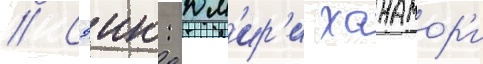
// Сэию: юм'ир'и ханамор'и